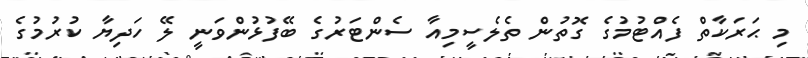
މި ޙަރަކާތް ފެއްޓުމުގެ ގޮތުން ތެލެސީމިއާ ސެންޓަރުގެ ބޭފުޅުންވަނީ ލޭ ހަދިޔާ ކުރުމުގެ